Problem: 26 - 4 = ?
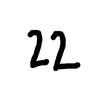
Handwritten answer: 22